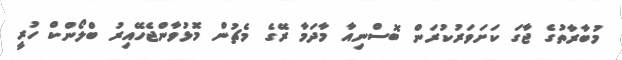
މުބާރާތުގެ ޖާގަ ކަށަވަރުކުރަން ބޮސްނިއާ މާދަމާ ރޭގެ މެޗުން މޮޅުވާންޖެހޭއިރު ބްލޯންކް ހުރީ